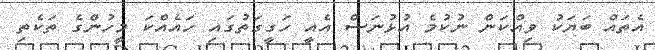
އެތައް ބަޔަކު ވިއްކަން ނުކުމެ އުޅުނަސް އެއީ ހަގީގަތުގައި ހައެއްކަ މީހުންގެ ތަކެތި